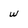
Character: w